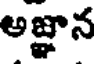
అజ్ఞాన